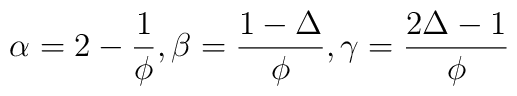
\alpha = 2 -{1\over{\phi}}, \beta = {{1-\Delta}\over{\phi}},  \gamma = {{2\Delta -1}\over{\phi}}